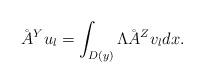
LaTeX: \begin{align*}\AA^Y u_l = \int_{D(y)} \Lambda \AA^Z v_l dx.\end{align*}